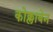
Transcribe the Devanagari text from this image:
कोक्लाबेन